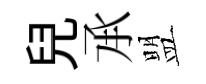
兒𠄘盟